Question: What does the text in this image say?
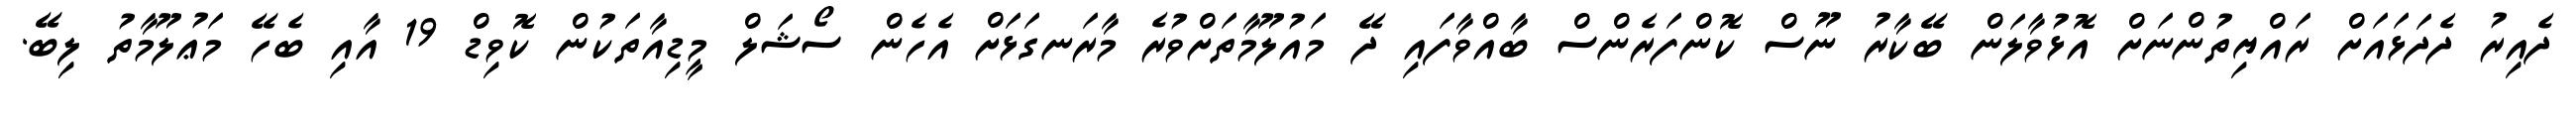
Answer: ދެއިރު ދެދަޅައަށް ރައްޔިތުންނަށް އޮޅުވާލަން ބޭކާރު ނޫސް ކޮންފަރެންސް ބާއްވާފައި ދޭ މައުލޫމާތަށްވުރެ މާރަނގަޅަށް އެހެން ސޯޝަލް މީޑިއާތަކުން ކޮވިޑް 19 އާއި ބެހޭ މަޢުލޫމާތު ލިބޭ.